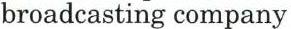
broadcasting company